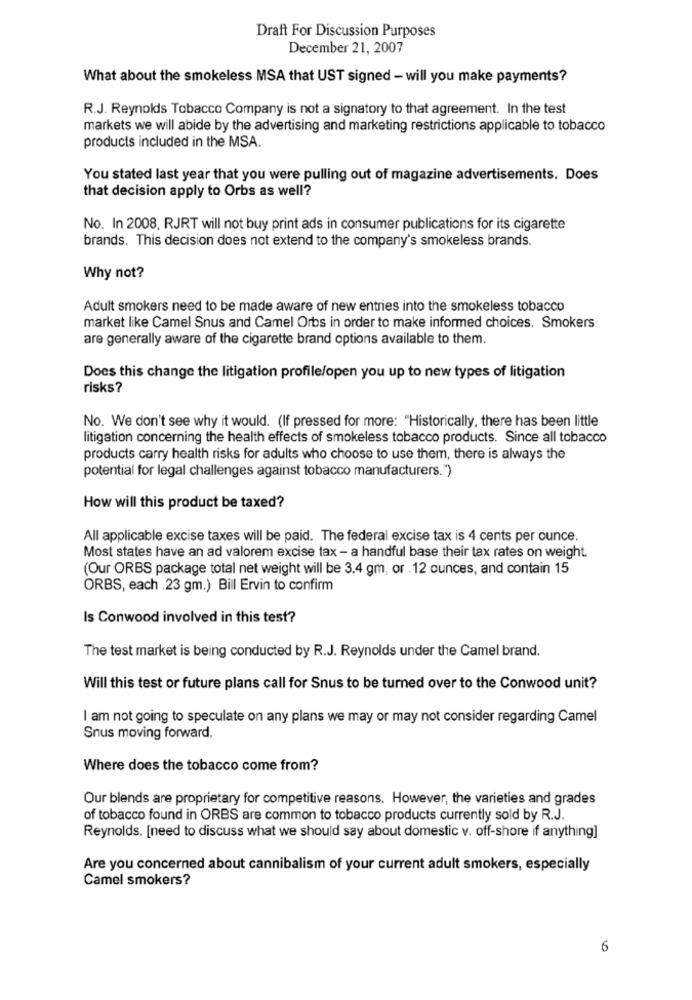
Draft For Discussion Purposes
December 21, 2007
What about the smokeless MSA that UST signed - will you make payments?
R.J. Reynolds Tobacco Company is not a signatory to that agreement. In the test
markets we will abide by the advertising and marketing restrictions applicable to tobacco
products included in the MSA.
You stated last year that you were pulling out of magazine advertisements. Does
that decision apply to Orbs as well?
No. In 2008, RJRT will not buy print ads in consumer publications for its cigarette
brands. This decision does not extend to the company's smokeless brands.
Why not?
Adult smokers need to be made aware of new entries into the smokeless tobacco
market like Camel Snus and Camel Orbs in order to make informed choices. Smokers
are generally aware of the cigarette brand options available to them.
Does this change the litigation profile/open you up to new types of litigation
risks?
No. We don't see why it would. (If pressed for more: "Historically, there has been little
litigation concerning the health effects of smokeless tobacco products. Since all tobacco
products carry health risks for adults who choose to use them, there is always the
potential for legal challenges against tobacco manufacturers.")
How will this product be taxed?
All applicable excise taxes will be paid. The federal excise tax is 4 cents per ounce.
Most states have an ad valorem excise tax - a handful base their tax rates on weight.
(Our ORBS package total net weight will be 3.4 gm, or . 12 ounces, and contain 15
ORBS, each .23 gm.) Bill Ervin to confirm
Is Conwood involved in this test?
The test market is being conducted by R.J. Reynolds under the Camel brand.
Will this test or future plans call for Snus to be turned over to the Conwood unit?
I am not going to speculate on any plans we may or may not consider regarding Camel
Snus moving forward.
Where does the tobacco come from?
Our blends are proprietary for competitive reasons. However, the varieties and grades
of tobacco found in ORBS are common to tobacco products currently sold by R.J.
Reynolds. [need to discuss what we should say about domestic v. off-shore if anything]
Are you concerned about cannibalism of your current adult smokers, especially
Camel smokers?
6